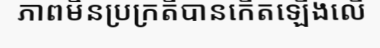
ភាពមិនប្រក្រតីបានកើតឡើងលើ